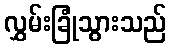
လွှမ်းခြုံသွားသည်